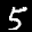
Label: 5